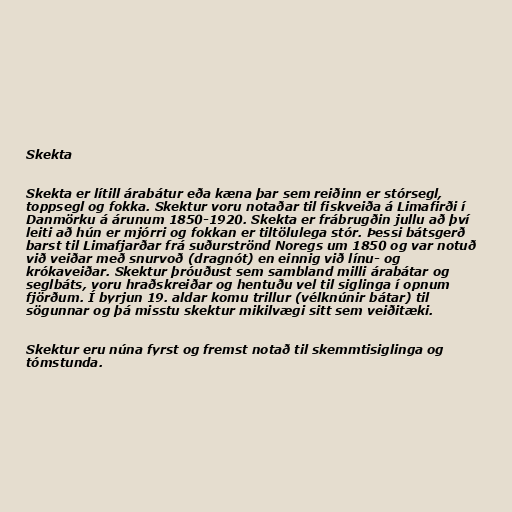
Skekta

Skekta er lítill árabátur eða kæna þar sem reiðinn er stórsegl,
toppsegl og fokka. Skektur voru notaðar til fiskveiða á Limafirði í
Danmörku á árunum 1850-1920. Skekta er frábrugðin jullu að því
leiti að hún er mjórri og fokkan er tiltölulega stór. Þessi bátsgerð
barst til Limafjarðar frá suðurströnd Noregs um 1850 og var notuð
við veiðar með snurvoð (dragnót) en einnig við línu- og
krókaveiðar. Skektur þróuðust sem sambland milli árabátar og
seglbáts, voru hraðskreiðar og hentuðu vel til siglinga í opnum
fjörðum. Í byrjun 19. aldar komu trillur (vélknúnir bátar) til
sögunnar og þá misstu skektur mikilvægi sitt sem veiðitæki.

Skektur eru núna fyrst og fremst notað til skemmtisiglinga og
tómstunda.